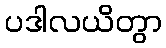
ပဒါလယိတွာ